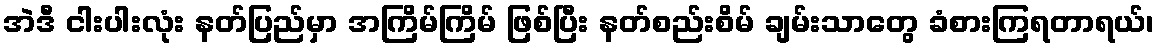
အဲဒီ ငါးပါးလုံး နတ်ပြည်မှာ အကြိမ်ကြိမ် ဖြစ်ပြီး နတ်စည်းစိမ် ချမ်းသာတွေ ခံစားကြရတာရယ်၊